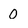
Character: 0